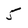
Character: 5